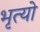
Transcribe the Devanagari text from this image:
भृत्यो